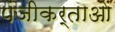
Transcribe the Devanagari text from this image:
पंजीकर्ताओं